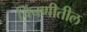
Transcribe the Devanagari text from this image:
चिंचणीतील